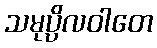
သမုပ္ပိလဝါတေ